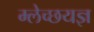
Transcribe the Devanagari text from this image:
म्लेच्छयज्ञ